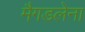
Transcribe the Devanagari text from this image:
मैगडलेना